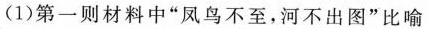
(1)第一则材料中”凤鸟不至，河不出图”比喻